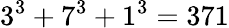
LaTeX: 3^{3}+7^{3}+1^{3}=371